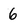
Character: 6